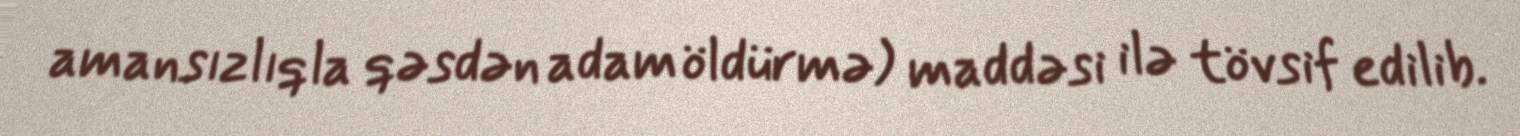
amansızlıqla qəsdən adam öldürmə) maddəsi ilə tövsif edilib.